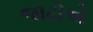
જાટોએ